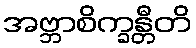
အဗ္ဘာစိက္ခန္တီတိ